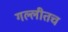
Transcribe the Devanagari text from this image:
गल्लीतच